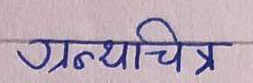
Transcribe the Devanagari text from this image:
ग्रन्थ्याचित्र